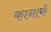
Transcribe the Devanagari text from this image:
कानार्क